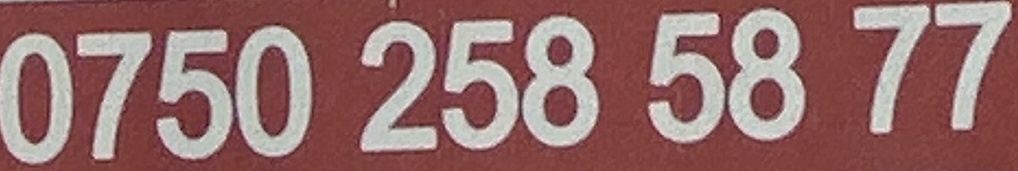
0750 258 58 77